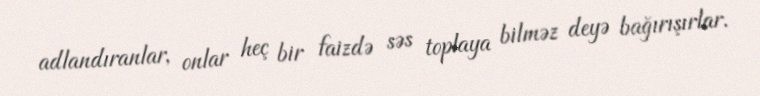
adlandıranlar, onlar heç bir faizdə səs toplaya bilməz deyə bağırışırlar.